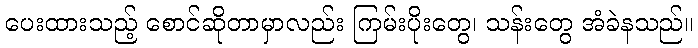
ပေးထားသည့် စောင်ဆိုတာမှာလည်း ကြမ်းပိုးတွေ၊ သန်းတွေ အံခဲနသည်။